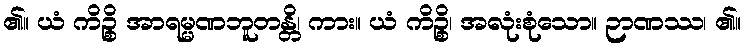
၏။ ယံ ကိဉ္စိ အာရမ္မဏဘူတန္တိ၊ ကား။ ယံ ကိဉ္စိ၊ အလုံးစုံသော။ ဉာဏဿ၊ ၏။